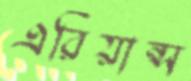
এরিয়ান্স